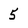
Character: 5